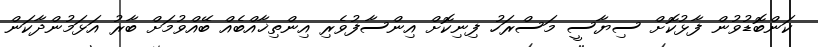
ކަންބޮޑުވުން ފާޅުކޮށް ސިޔާސީ މަސްރަހު ފިނިކޮށް އިންސާފުވެރި އިންތިޚާއްބެއް ބޭއްވުމަށް ބާރު އަޅަމުންދާކަން